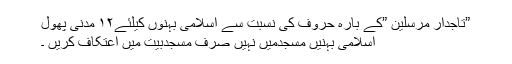
”تاجدارِ مرسلین ”کے بارہ حُروف کی نسبت سے اسلامی بہنوں کیلئے۱۲ مَدَنی پھول
اسلامی بہنیں مسجِدمیں نہیں صرف مسجِدِبَیت میں اعتِکاف کریں ۔